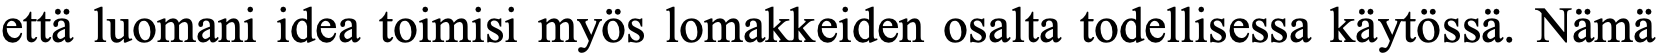
että luomani idea toimisi myös lomakkeiden osalta todellisessa käytössä. Nämä